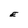
Character: E